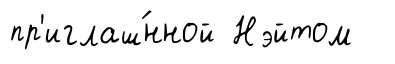
пр'иглаш́нной Нэйтом